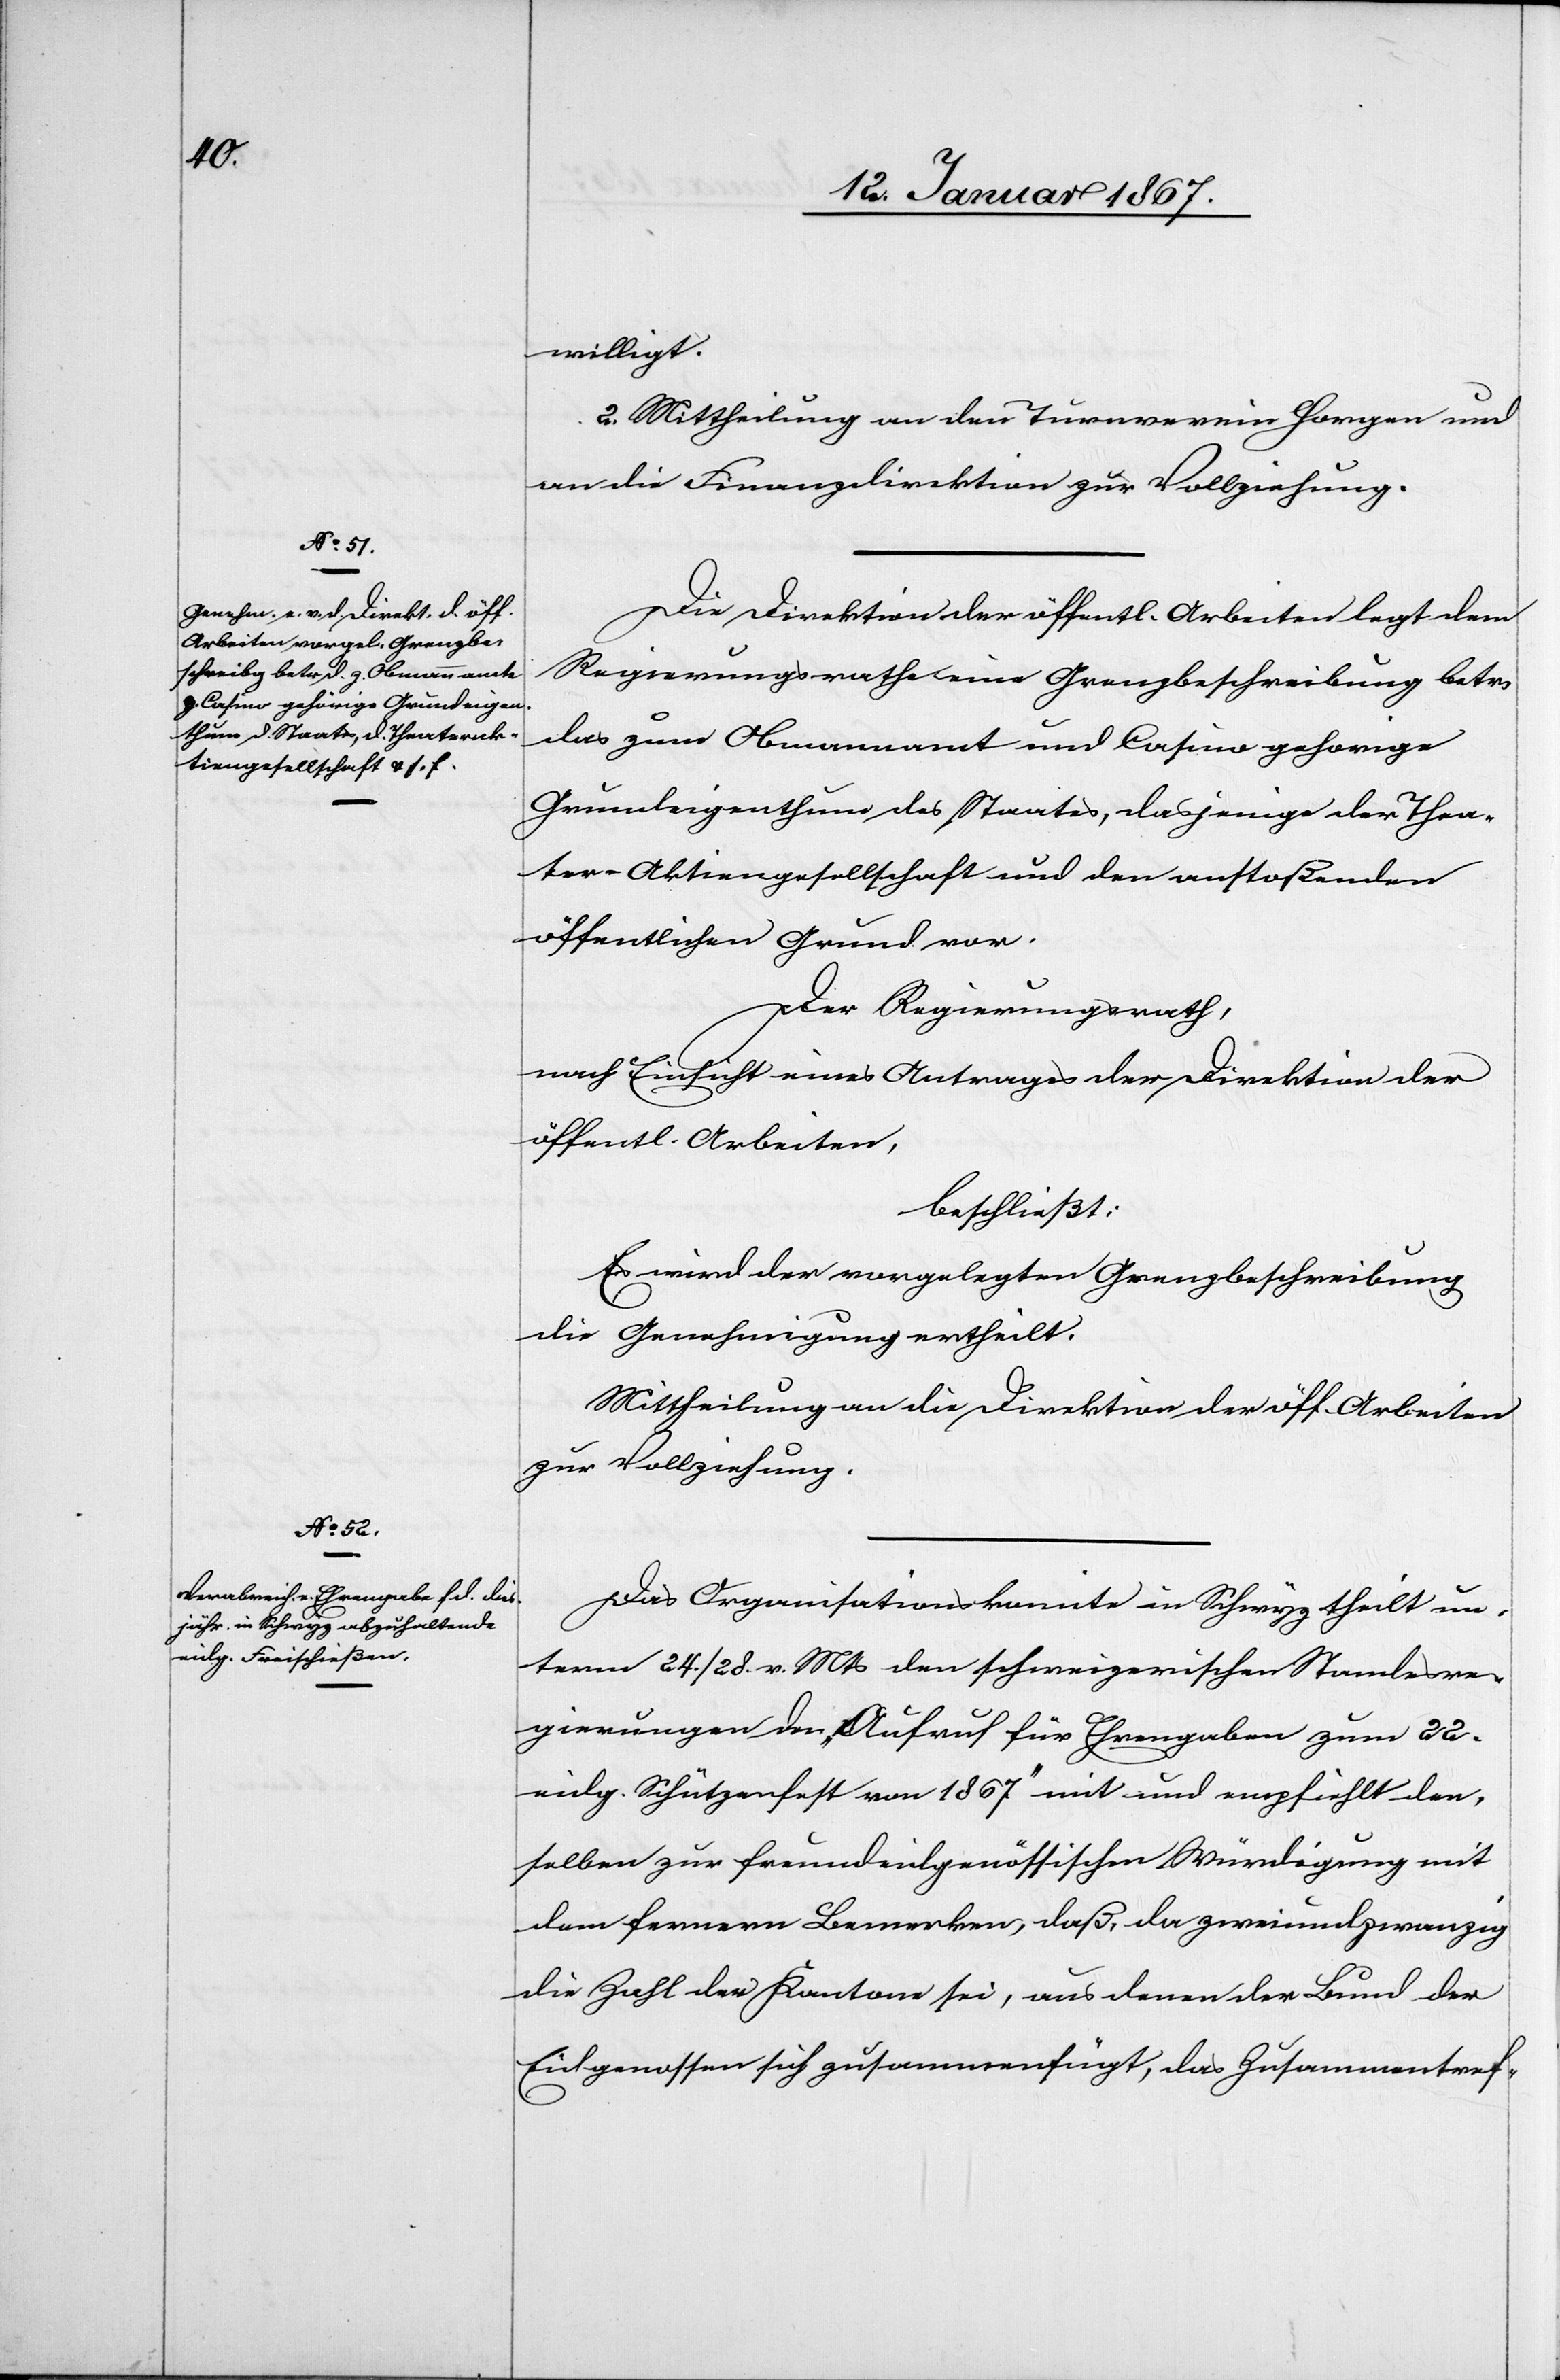
willigt.
2. Mittheilung an den Turnverein Horgen und
an die Finanzdirektion zur Vollziehung.
Die Direktion der öffentl. Arbeiten legt dem
Regierungsrathe eine Grenzbeschreibung betr.
das zum Obmannamt und Casino gehorige
Grundeigenthum des Staates, dasjenige der Thea¬
ter-Aktiengesellschaft und den anstoßenden
öffentlichen Grund vor.
Der Regierungsrath,
nach Einsicht eines Antrages der Direktion der
öffentl. Arbeiten,
beschließt:
Es wird der vorgelegten Grenzbeschreibung
die Genehmigung ertheilt.
Mittheilung an die Direktion der öff. Arbeiten
zur Vollziehung.
Das Organisationskomite in Schwyz theilt un¬
term 24./28. v. Mts den schweizerischen Standesre¬
gierungen den „Aufruf für Ehrengaben zum 22.
eidg. Schützenfest von 1867“ mit und empfiehlt den¬
selben zur freundeidgenössischen Würdigung mit
dem fernern Bemerken, daß, da zweiundzwanzig
die Zahl der Kantone sei, aus denen der Bund der
Eidgenossen sich zusammenfügt, das Zusammentref-